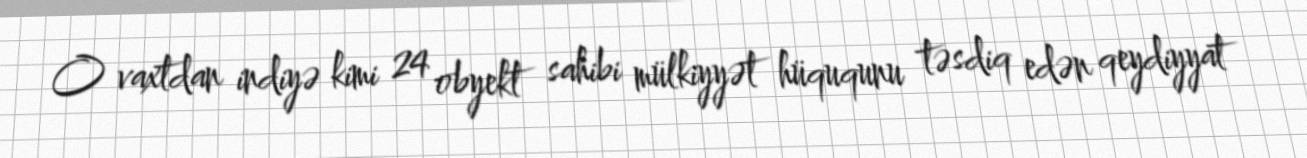
O vaxtdan indiyə kimi 24 obyekt sahibi mülkiyyət hüququnu təsdiq edən qeydiyyat